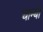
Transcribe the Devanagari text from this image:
चाम्बा